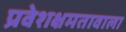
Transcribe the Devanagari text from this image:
प्रवेशक्षमतावाला